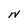
Character: N